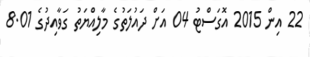
22 އިން 2015 އޮގަސްޓު 04 އަށް ދައުލަތުގެ މާލިއްޔަތު ގަވާއިދުގެ 8.01